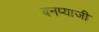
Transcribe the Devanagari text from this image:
बनप्याजी